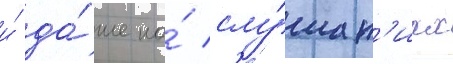
и́ да́же на́ слу́шан'иах